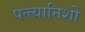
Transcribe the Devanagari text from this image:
पत्त्यानिशी